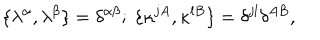
\{ \lambda ^ { \alpha } , \lambda ^ { \beta } \} = \delta ^ { \alpha \beta } ; \ \{ \kappa ^ { j A } , \kappa ^ { l B } \} = \delta ^ { j l } \delta ^ { A B } ,